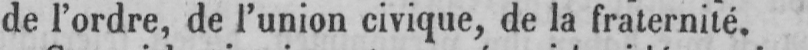
de l’ordre, de l’union civique, de la fraternité.